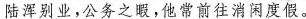
陆浑别业，公务之暇，他常前往消闲度假。